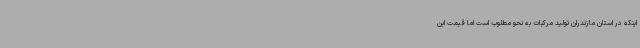
اینکه در استان مازندران تولید مرکبات به نحو مطلوب است اما قیمت این